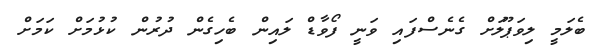
ބެލަމީ ލިވަޕޫލަށް ގެނެސްފައި ވަނީ ފޯވާޑް ލައިން ބެހިގެން ދުރުން ކުޅުމަށް ކަމަށް